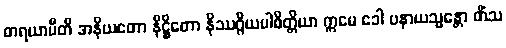
ဓာရယာမီတိ အနိယတော နိဋ္ဌိတော နိဿဂ္ဂိယပါစိတ္တိယာ ဣမေ ခေါ ပနာယသ္မန္တော တိံသ